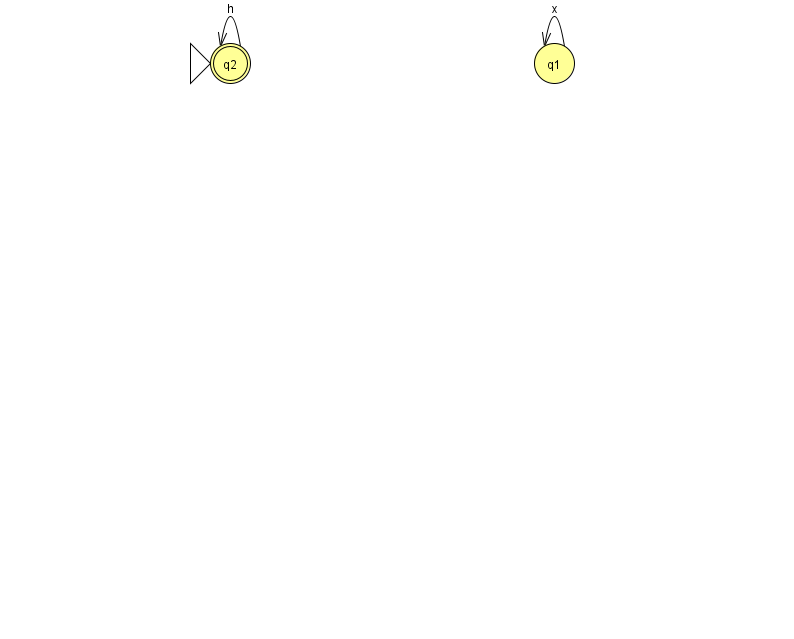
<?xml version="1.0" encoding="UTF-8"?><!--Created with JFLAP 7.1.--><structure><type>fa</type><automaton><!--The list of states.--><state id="1" name="q1"><x>554.0</x><y>50.0</y></state><state id="2" name="q2"><x>230.0</x><y>50.0</y><initial/><final/></state><!--The list of transitions.--><transition><from>1</from><to>1</to><read>x</read></transition><transition><from>2</from><to>2</to><read>h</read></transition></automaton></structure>